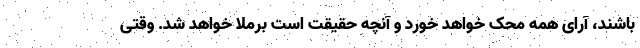
باشند، آرای همه محک خواهد خورد و آنچه حقیقت است برملا خواهد شد. وقتی